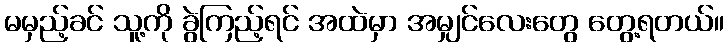
မမှည့်ခင် သူ့ကို ခွဲကြည့်ရင် အထဲမှာ အမျှင်လေးတွေ တွေ့ရတယ်။